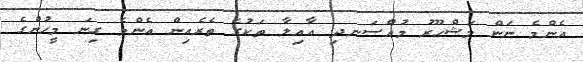
އެންމެ ނަން މަޝްހޫރު މުއްސަނދި އާއިލާ ތަކުގެ ތެރެއިން އެންމެ ގިނަ މީހުންގެ